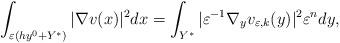
LaTeX: \begin{align*}\int_{\varepsilon(hy^{0}+ Y^{\ast})} \vert\nabla v(x)\vert^{2} dx =\int_{Y^{\ast}}\vert\varepsilon^{-1} \nabla_{y} v_{\varepsilon, k}(y)\vert^{2}\varepsilon^{n} dy,\end{align*}